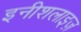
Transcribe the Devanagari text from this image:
इनीशलाइज़